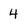
Character: 4